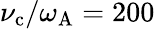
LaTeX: \nu_{\mathrm{c}}/\omega_{\mathrm{A}}=200